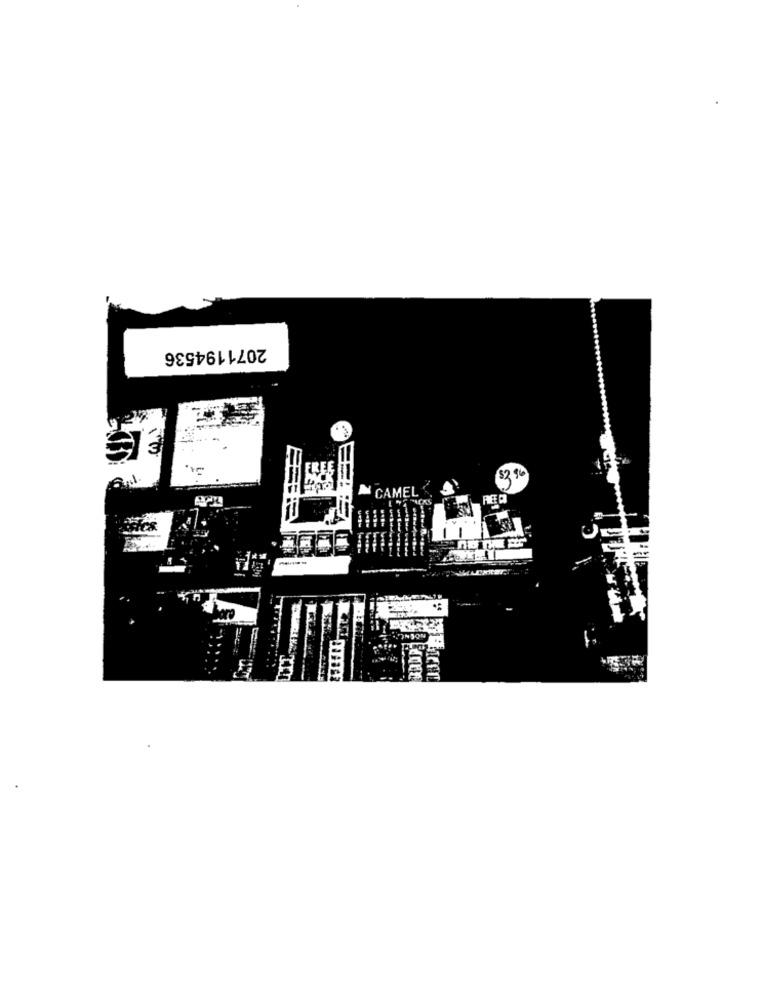
2071194536
€.
$2 9
CAMEL
C
haro